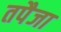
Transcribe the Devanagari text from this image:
तपैजा